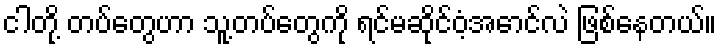
ငါတို့ တပ်တွေဟာ သူ့တပ်တွေကို ရင်မဆိုင်ဝံ့အောင်လဲ ဖြစ်နေတယ်။